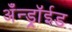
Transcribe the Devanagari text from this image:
अँन्ड्रॉईड